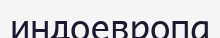
индоевропа